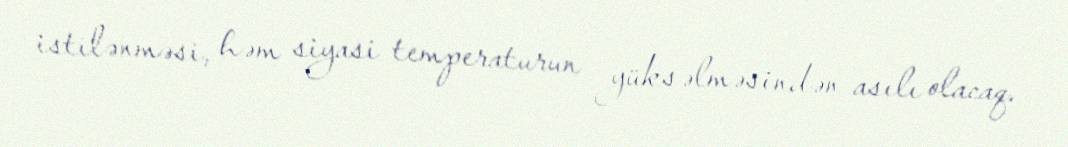
istilənməsi, həm siyasi temperaturun yüksəlməsindən asılı olacaq.